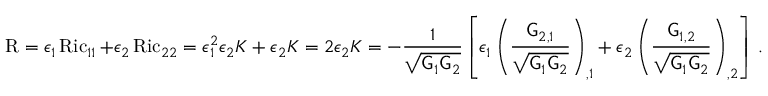
\operatorname { R } = \epsilon _ { 1 } \operatorname { R i c } _ { 1 1 } + \epsilon _ { 2 } \operatorname { R i c } _ { 2 2 } = \epsilon _ { 1 } ^ { 2 } \epsilon _ { 2 } K + \epsilon _ { 2 } K = 2 \epsilon _ { 2 } K = - \frac { 1 } { \sqrt { \mathsf { G } _ { 1 } \mathsf { G } _ { 2 } } } \left[ \epsilon _ { 1 } \left( \frac { \mathsf { G } _ { 2 , 1 } } { \sqrt { \mathsf { G } _ { 1 } \mathsf { G } _ { 2 } } } \right) _ { , 1 } + \epsilon _ { 2 } \left( \frac { \mathsf { G } _ { 1 , 2 } } { \sqrt { \mathsf { G } _ { 1 } \mathsf { G } _ { 2 } } } \right) _ { , 2 } \right] \, .